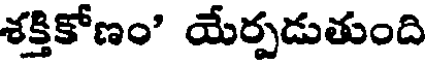
శక్తికోణం" యేర్పడుతుంది